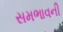
સમભાવની